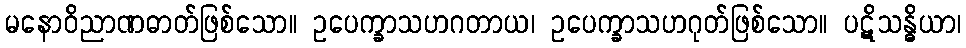
မနောဝိညာဏဓာတ်ဖြစ်သော။ ဥပေက္ခာသဟဂတာယ၊ ဥပေက္ခာသဟဂုတ်ဖြစ်သော။ ပဋိသန္ဓိယာ၊